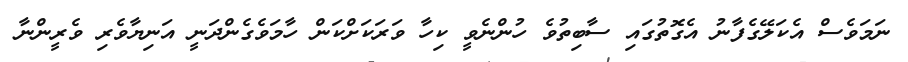
ނަމަވެސް އެކަލޭގެފާނު އެގޮތުގައި ސާބިތުވެ ހުންނެވީ ކިހާ ވަރަކަށްކަން ހާމަވެގެންދަނީ އަނިޔާވެރި ވެރީންނާ